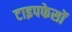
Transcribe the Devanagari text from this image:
टाइपफेसों